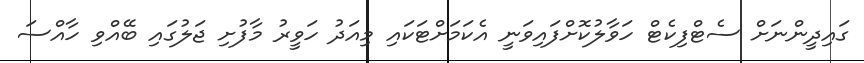
ގައިދީންނަށް ސެޓްފިކެޓް ހަވާލުކޮށްފައިވަނީ އެކަމަށްޓަކައި މިއަދު ހަވީރު މާފުށި ޖަލުގައި ބޭއްވި ހާއްސަ